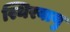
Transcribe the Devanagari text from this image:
स्थिरवायु